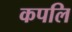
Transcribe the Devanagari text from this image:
कपलि